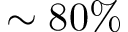
\sim 8 0 \%